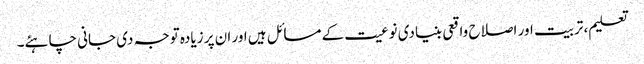
تعلیم، تربیت اور اصلاح واقعی بنیادی نوعیت کے مسائل ہیں اور ان پر زیادہ توجہ دی جانی چاہئے۔